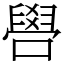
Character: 𠿟